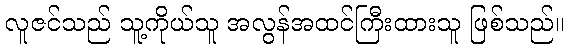
လူဇင်သည် သူ့ကိုယ်သူ အလွန်အထင်ကြီးထားသူ ဖြစ်သည်။